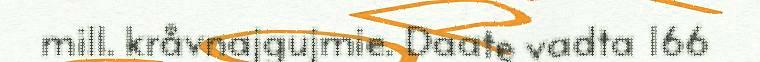
mill. kråvnajgujmie. Daate vadta 166